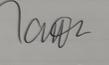
Signature authenticity: genuine